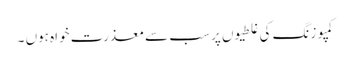
کمپوزنگ کی غلطیوں پر سب سے معذرت خواہ ہوں ۔